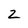
Character: 2